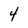
Character: 4